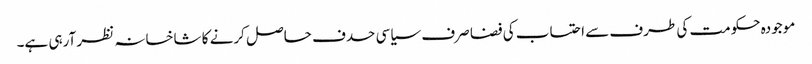
موجودہ حکومت کی طرف سے احتساب کی فضا صرف سیاسی حدف حاصل کرنے کا شاخسانہ نظر آرہی ہے۔